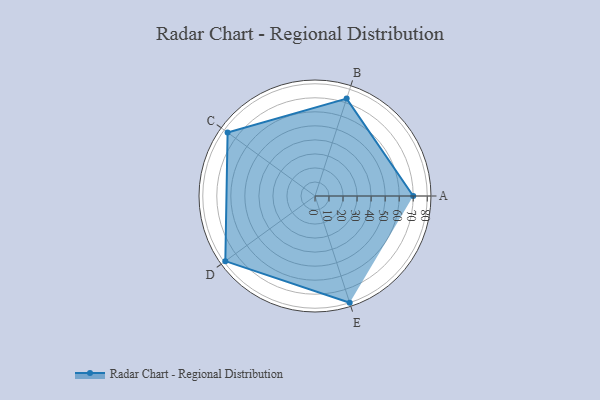
{"axis": {"x": "Skill", "y": "Score"}, "legend": ["Profile"], "data": [{"x": "A", "y": 70.0, "type": "Profile"}, {"x": "B", "y": 73.0, "type": "Profile"}, {"x": "C", "y": 77.0, "type": "Profile"}, {"x": "D", "y": 79.0, "type": "Profile"}, {"x": "E", "y": 80.0, "type": "Profile"}]}